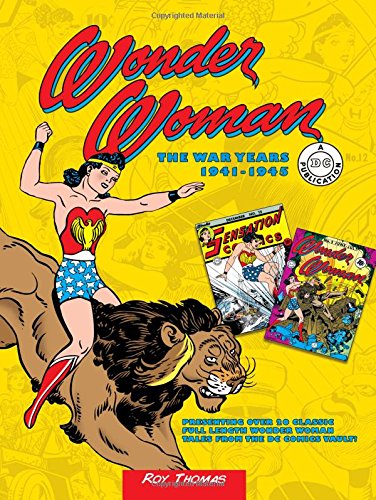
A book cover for Wonder Woman: The War Years 1941-1945; Roy Thomas; Comics & Graphic Novels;